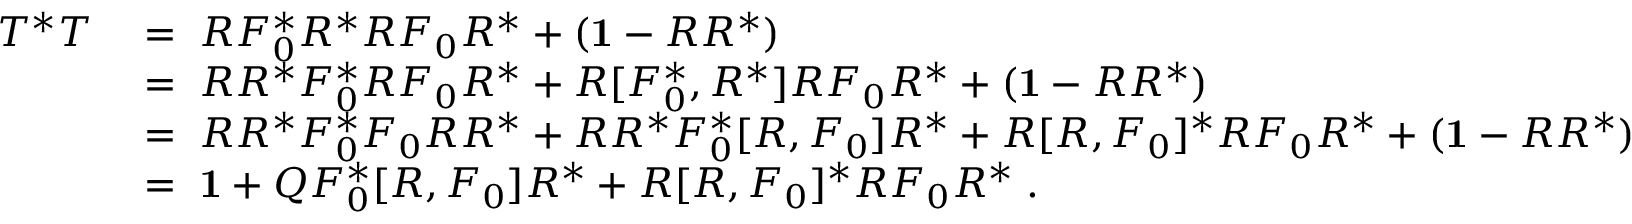
\begin{array} { r l } { T ^ { * } T } & { \; = \; R F _ { 0 } ^ { * } R ^ { * } R F _ { 0 } R ^ { * } + ( { \bf 1 } - R R ^ { * } ) } \\ & { \; = \; R R ^ { * } F _ { 0 } ^ { * } R F _ { 0 } R ^ { * } + R [ F _ { 0 } ^ { * } , R ^ { * } ] R F _ { 0 } R ^ { * } + ( { \bf 1 } - R R ^ { * } ) } \\ & { \; = \; R R ^ { * } F _ { 0 } ^ { * } F _ { 0 } R R ^ { * } + R R ^ { * } F _ { 0 } ^ { * } [ R , F _ { 0 } ] R ^ { * } + R [ R , F _ { 0 } ] ^ { * } R F _ { 0 } R ^ { * } + ( { \bf 1 } - R R ^ { * } ) } \\ & { \; = \; { \bf 1 } + Q F _ { 0 } ^ { * } [ R , F _ { 0 } ] R ^ { * } + R [ R , F _ { 0 } ] ^ { * } R F _ { 0 } R ^ { * } \; . } \end{array}